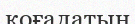
қоғалатын